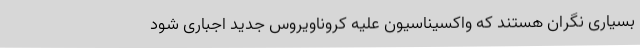
بسیاری نگران هستند که واکسیناسیون علیه کروناویروس جدید اجباری شود